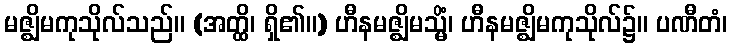
မဇ္ဈိမကုသိုလ်သည်။ (အတ္ထိ၊ ရှိ၏။) ဟီနမဇ္ဈိမသ္မိံ၊ ဟီနမဇ္ဈိမကုသိုလ်၌။ ပဏီတံ၊